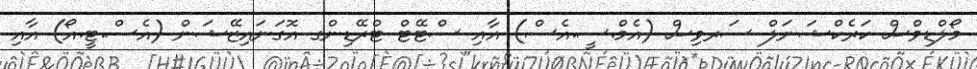
މޯލްޑިވްސް ކަރެކްޝަނަލް ސަރވިސް (އެމް.ސީ.އެސް) އާއި ސްޓޭޓް ޓްރޭޑިންގ އޮގަނައިޒޭޝަން (އެސް.ޓީ.އޯ) އާއި